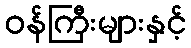
ဝန်ကြီးများနှင့်